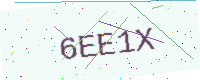
Text: 6EE1X